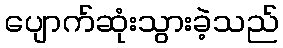
ပျောက်ဆုံးသွားခဲ့သည်